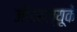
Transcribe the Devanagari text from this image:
जीडब्ल्यूके